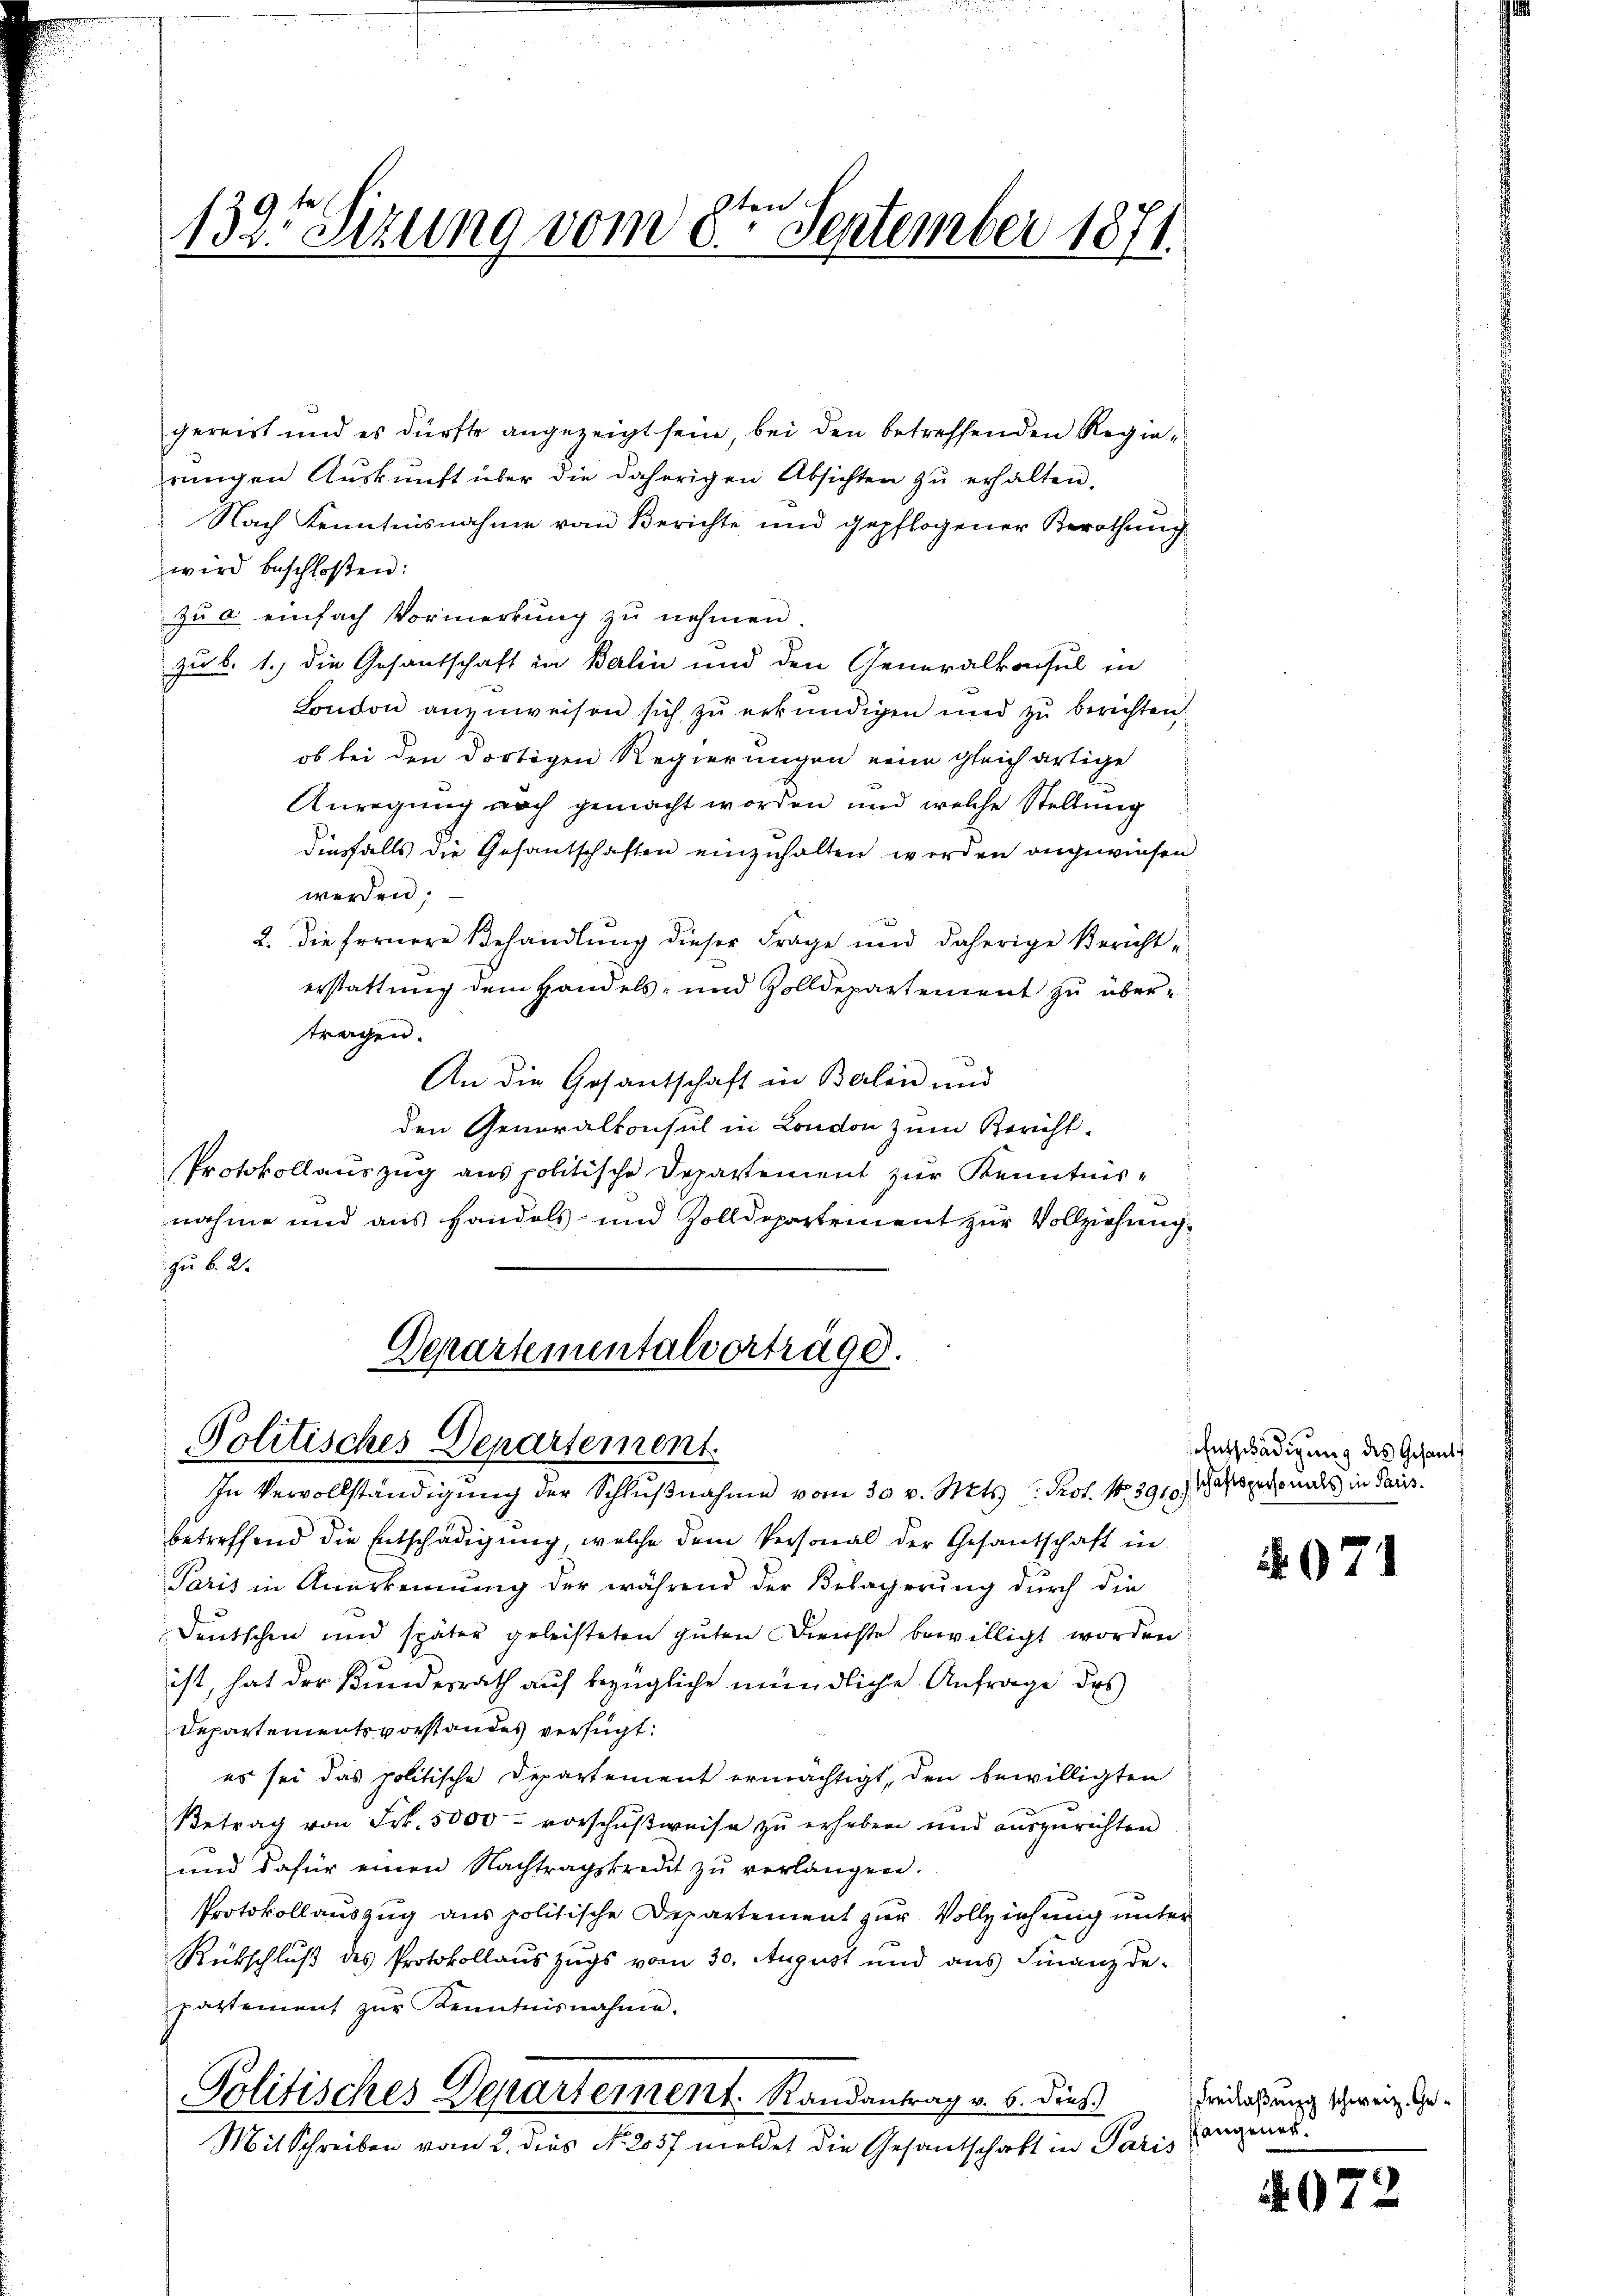
en
1335 Sizung vom 8. September 1871.

gereist und es dürfte angezeigt sein bei den betreffenden Regierŭngen Aŭskŭnft über die daherigen Absichten zŭ erhalten.
Nach Kenntnisnahme vom Berichte und gepflogener Berathung
wird beschloßen:
zu a einfach Vormerkung zu nehmen
zu 6. 1.) die Gesantschaft in Balin und den Generalkonsul in
London anzuweisen sich zu erkundigen und zu berichten
ob bei den dortigen Regierungen eine gleichartige
Anregung noch gemacht worden und welche Stellung
diesfalls die Gesantschaften einzuhalten werden angewiesen
werden;
2. Die fernere Behandlung dieser Frage und daherige Berichterstattung dem Handels- und Zolldepartement zu übertragen.
An die Gesantschaft in Berlin und
den Generalkonsul in London zum Bericht-
Protokollauszug aus politische Departement zur Kenntnisnahme und aus Handels- und Zolldepartement zur Vollziehung
zu §. 2.

Departementalverträge.
Politisches Departement

In Vervollständigŭng der Schlŭβnahme vom 30 v. Mts. Prof. No 3910)
betreffend die Entschädigung, welche dem Personal der Gesantschaft in
Paris in Anerkennung der während der Belagerung durch die
Deutschen und später geleisteten guten Dienste bewilligt worden.
ist, hat der Bundesrath auf bezügliche mündliche Anfrage des
Departementsvorstandes verfügt:
es sei das politische Departement ermächtigt, den bewilligten
Betrag von Frk. 5000 vorschußweise zu erheben und auszurichten
und dafür einen Nachtragskredit zŭ verlangen.
Protokollauszug aus politische Departement zur Vollziehung unter
Rübschluß des Protokollauszugs vom 30. August und aus Finanzdepartement zŭr Kenntnisnahme.
Politisches Departement. Randantrag v. 6. dies
Mit Schreiben vom 2. dies No. 2057 meldet die Gesantschaft in Paris

Entschädigung des Gesandt
schaftspersonals in Paris.

N071

Freilaßung schweiz. Gefangener.

4072